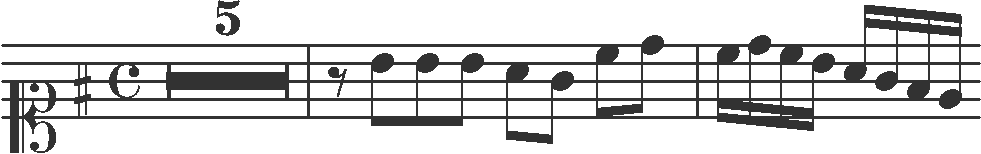
Transcription: clef-C1 keySignature-GM timeSignature-C multirest-5 barline rest-eighth note-B4_eighth note-B4_eighth note-B4_eighth note-A4_eighth note-G4_eighth note-C5_eighth note-D5_eighth barline note-C5_sixteenth note-D5_sixteenth note-C5_sixteenth note-B4_sixteenth note-A4_sixteenth note-G4_sixteenth note-F#4_sixteenth note-E4_sixteenth